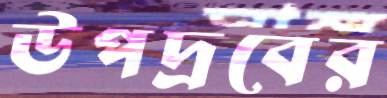
উপদ্রবের